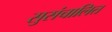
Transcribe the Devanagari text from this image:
सुसंचालित